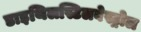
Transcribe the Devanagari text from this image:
डाइथिलस्टिलबेस्ट्रोल